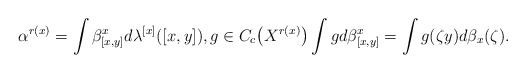
\begin{gather*}\alpha^{r(x)}=\int \beta^x_{[x,y]}d\lambda^{[x]}([x,y]),g\in C_c\big(X^{r(x)}\big)\int g d\beta^x_{[x,y]}=\int g(\zeta y)d\beta_x(\zeta).\end{gather*}